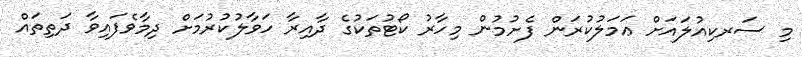
މި ސަރކިއުލައަށް ޢަމަލުކުރަން ފެށުމުން މިހާރު ކޯޓުތަކުގެ ދާއިރާ ހަވާލުކުރުމަށް ދިމާވެފައިވާ ދަތިތައް